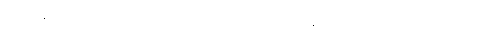
အတ္တာနံ ဥပသံဟရိတွာ တေသံ ဝိယ သတ္တဝိသေသာနံ မယှမ္ပိ မရဏံ ဘဝိဿတီတိ